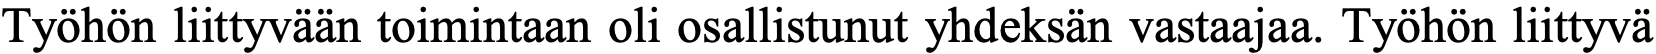
Työhön liittyvään toimintaan oli osallistunut yhdeksän vastaajaa. Työhön liittyvä